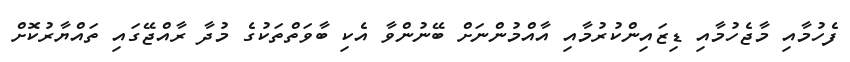
ފެހުމާއި މާޖެހުމާއި ޑިޒައިންކުރުމާއި އާއްމުންނަށް ބޭނުންވާ އެކި ބާވަތްތަކުގެ މުދާ ރާއްޖޭގައި ތައްޔާރުކޮށް